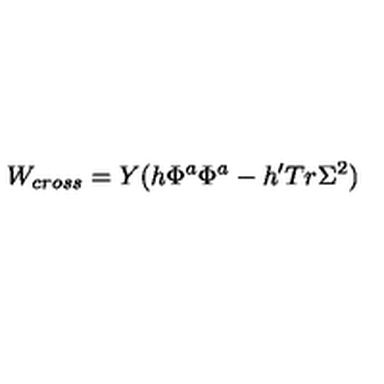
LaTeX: W _ { c r o s s } = Y ( h \Phi ^ { a } \Phi ^ { a } - h ^ { \prime } T r \Sigma ^ { 2 } )